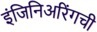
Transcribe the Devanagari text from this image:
इंजिनिअरिंगची